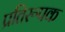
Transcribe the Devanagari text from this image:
प्रतिरूपक